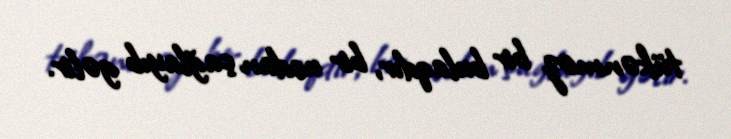
tükənməz bir bulaqdır, bir ucdan çağlayıb gəlir.